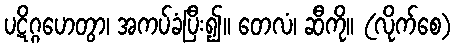
ပဋိဂ္ဂဟေတွာ၊ အကပ်ခံပြီး၍။ တေလံ၊ ဆီကို။ (လိုက်စေ)